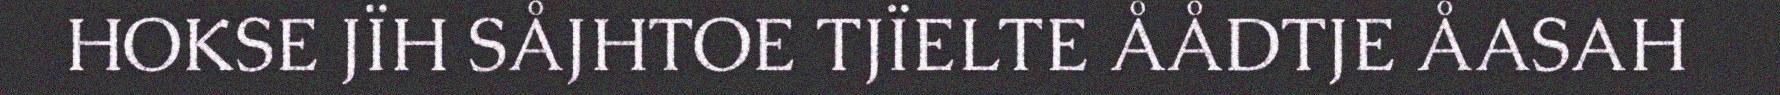
HOKSE JÏH SÅJHTOE TJÏELTE ÅÅDTJE ÅASAH